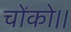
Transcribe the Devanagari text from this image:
चोंको।।